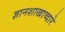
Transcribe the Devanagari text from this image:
ज्ञानशाखाव्दारे